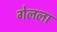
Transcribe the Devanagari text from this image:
गेलला